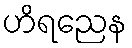
ဟိရညေန